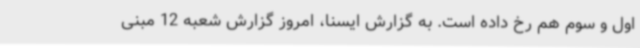
اول و سوم هم رخ داده است. به گزارش ایسنا، امروز گزارش شعبه 12 مبنی